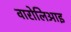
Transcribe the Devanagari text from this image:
वारोलिआइ